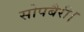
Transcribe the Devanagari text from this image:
सोपबैरी।